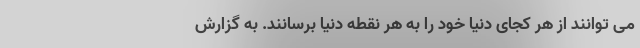
می توانند از هر کجای دنیا خود را به هر نقطه دنیا برسانند. به گزارش